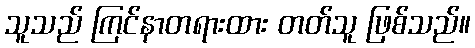
သူသည် ကြင်နာတရားထား တတ်သူ ဖြစ်သည်။